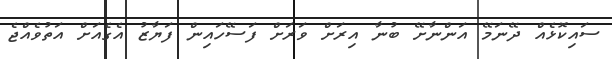
ސައިކޮޅެއް ދޭނަމޭ އަންނާށޭ ބުނާ އިރަށް ވަރަށް ފަސޭހައިން ފަޔާޒު އެގެއަށް އަތުވެއްޖެ